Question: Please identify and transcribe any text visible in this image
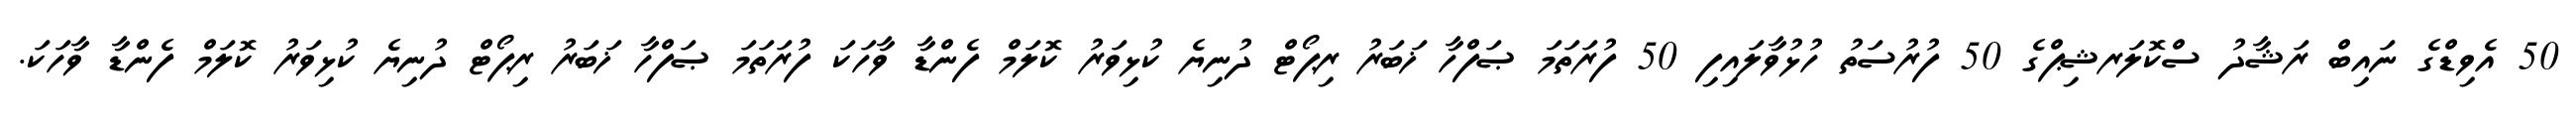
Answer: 50 އެވިޑްގެ ނައިބް ރަޝާދު ސްކޮލަރޝިޕްގެ 50 ފުރުސަތު ހުޅުވާލައިފި 50 ފުރަތަމަ ޞަފްހާ ޚަބަރު ރިޕޯޓް ދުނިޔެ ކުޅިވަރު ކޮލަމް ފެންޑާ ވާހަކަ ފުރަތަމަ ޞަފްހާ ޚަބަރު ރިޕޯޓް ދުނިޔެ ކުޅިވަރު ކޮލަމް ފެންޑާ ވާހަކަ.